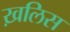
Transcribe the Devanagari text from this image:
ख़लिस